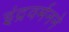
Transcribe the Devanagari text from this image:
इंद्रवर्मनने